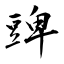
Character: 豍